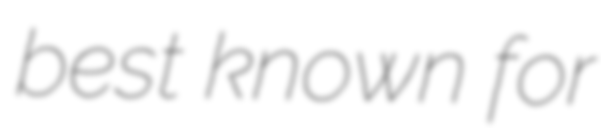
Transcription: best known for